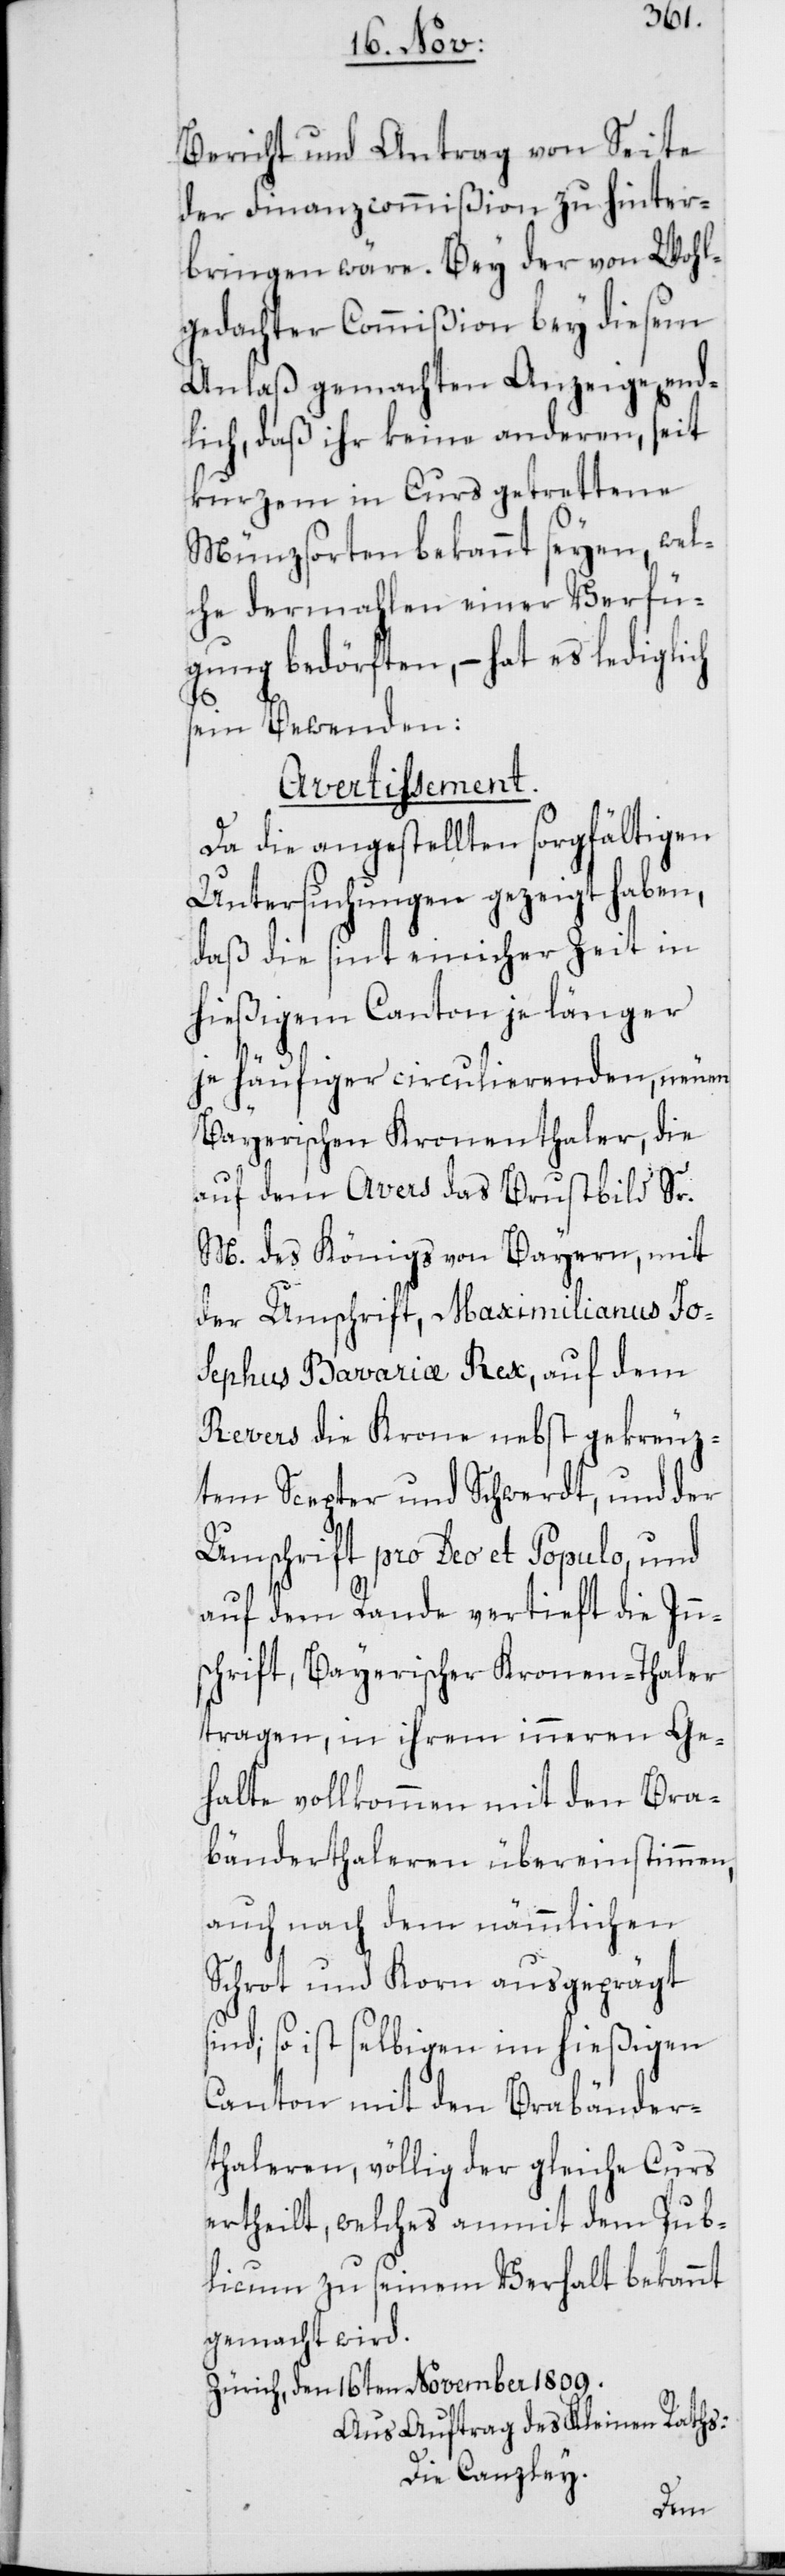
Bericht und Antrag von Seite
der Finanzcommißion zu hinter¬
bringen wäre. Bey der von Wohl¬
gedachter Commißion bey diesem
Anlaß gemachten Anzeige end¬
lich, daß ihr keine anderen, seit
kurzem in Curs getrettene
Münzsorten bekannt seyen, wel¬
che dermahlen einer Verfü¬
gung bedörften, – hat es lediglich
sein Bewenden:
Avertißement.
Da die angestellten sorgfältigen
Untersuchungen gezeigt haben,
daß die sint einiger Zeit in
hießigem Canton je länger
je häufiger circulierenden, neuen
Bayerischen Kronenthaler, die
auf dem Avers das Brustbild Sr.
M. des Königs von Bayern, mit
der Umschrift, Maximilianus Jos¬
ephus Bavariae Rex, auf dem
Revers die Krone nebst gekreuz¬
tem Scepter und Schwerdt, und der
Umschrift pro Deo et Populo, und
auf dem Rande vertieft die Inn¬
schrift, Bayerischer Kronen-Thaler
tragen, in ihrem inneren Ge¬
halte vollkommen mit den Bra¬
bänderthaleren übereinstimmen,
auch nach dem nämmlichen
Schrot und Korn ausgeprägt
sind; so ist selbigen im hießigen
Canton mit den Brabänder¬
thaleren, völlig der gleiche Curs
ertheilt, welches anmit dem Pub¬
licum zu seinem Verhalt bekannt
gemacht wird.
Zürich, den 16ten November 1809.
Aus Auftrag des Kleinen Raths:
Die Canzley.